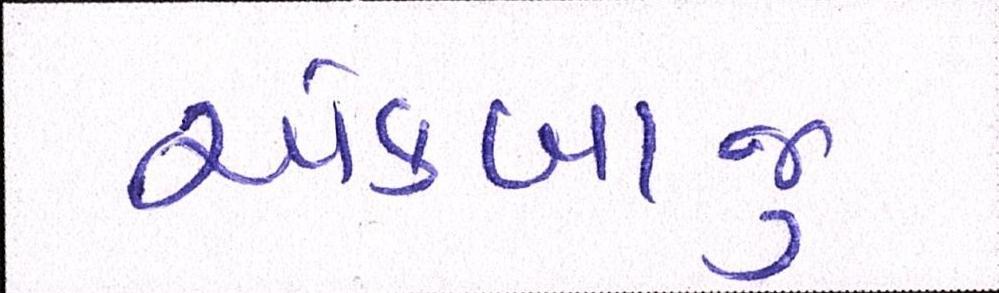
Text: એકબાજુ